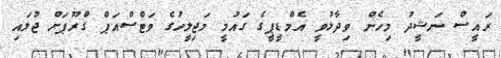
ރައީސް ނަޝީދު މިހެން ވިދާޅުވީ އެމްޑީޕީގެ ގައުމީ މަޖިލީހުގެ ވަޓްސްއަޕް ގްރޫޕަށް ޖުލައި